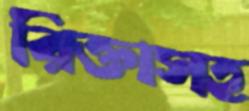
রিক্তাসহ